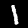
Digit: 1